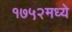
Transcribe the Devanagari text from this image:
१७५२मध्ये